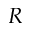
R